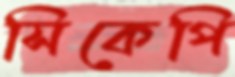
সিকেপি